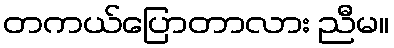
တကယ်ပြောတာလား ညီမ။